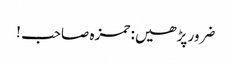
ضرور پڑھیں: حمزہ صاحب !